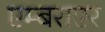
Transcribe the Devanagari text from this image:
एम्बराएर